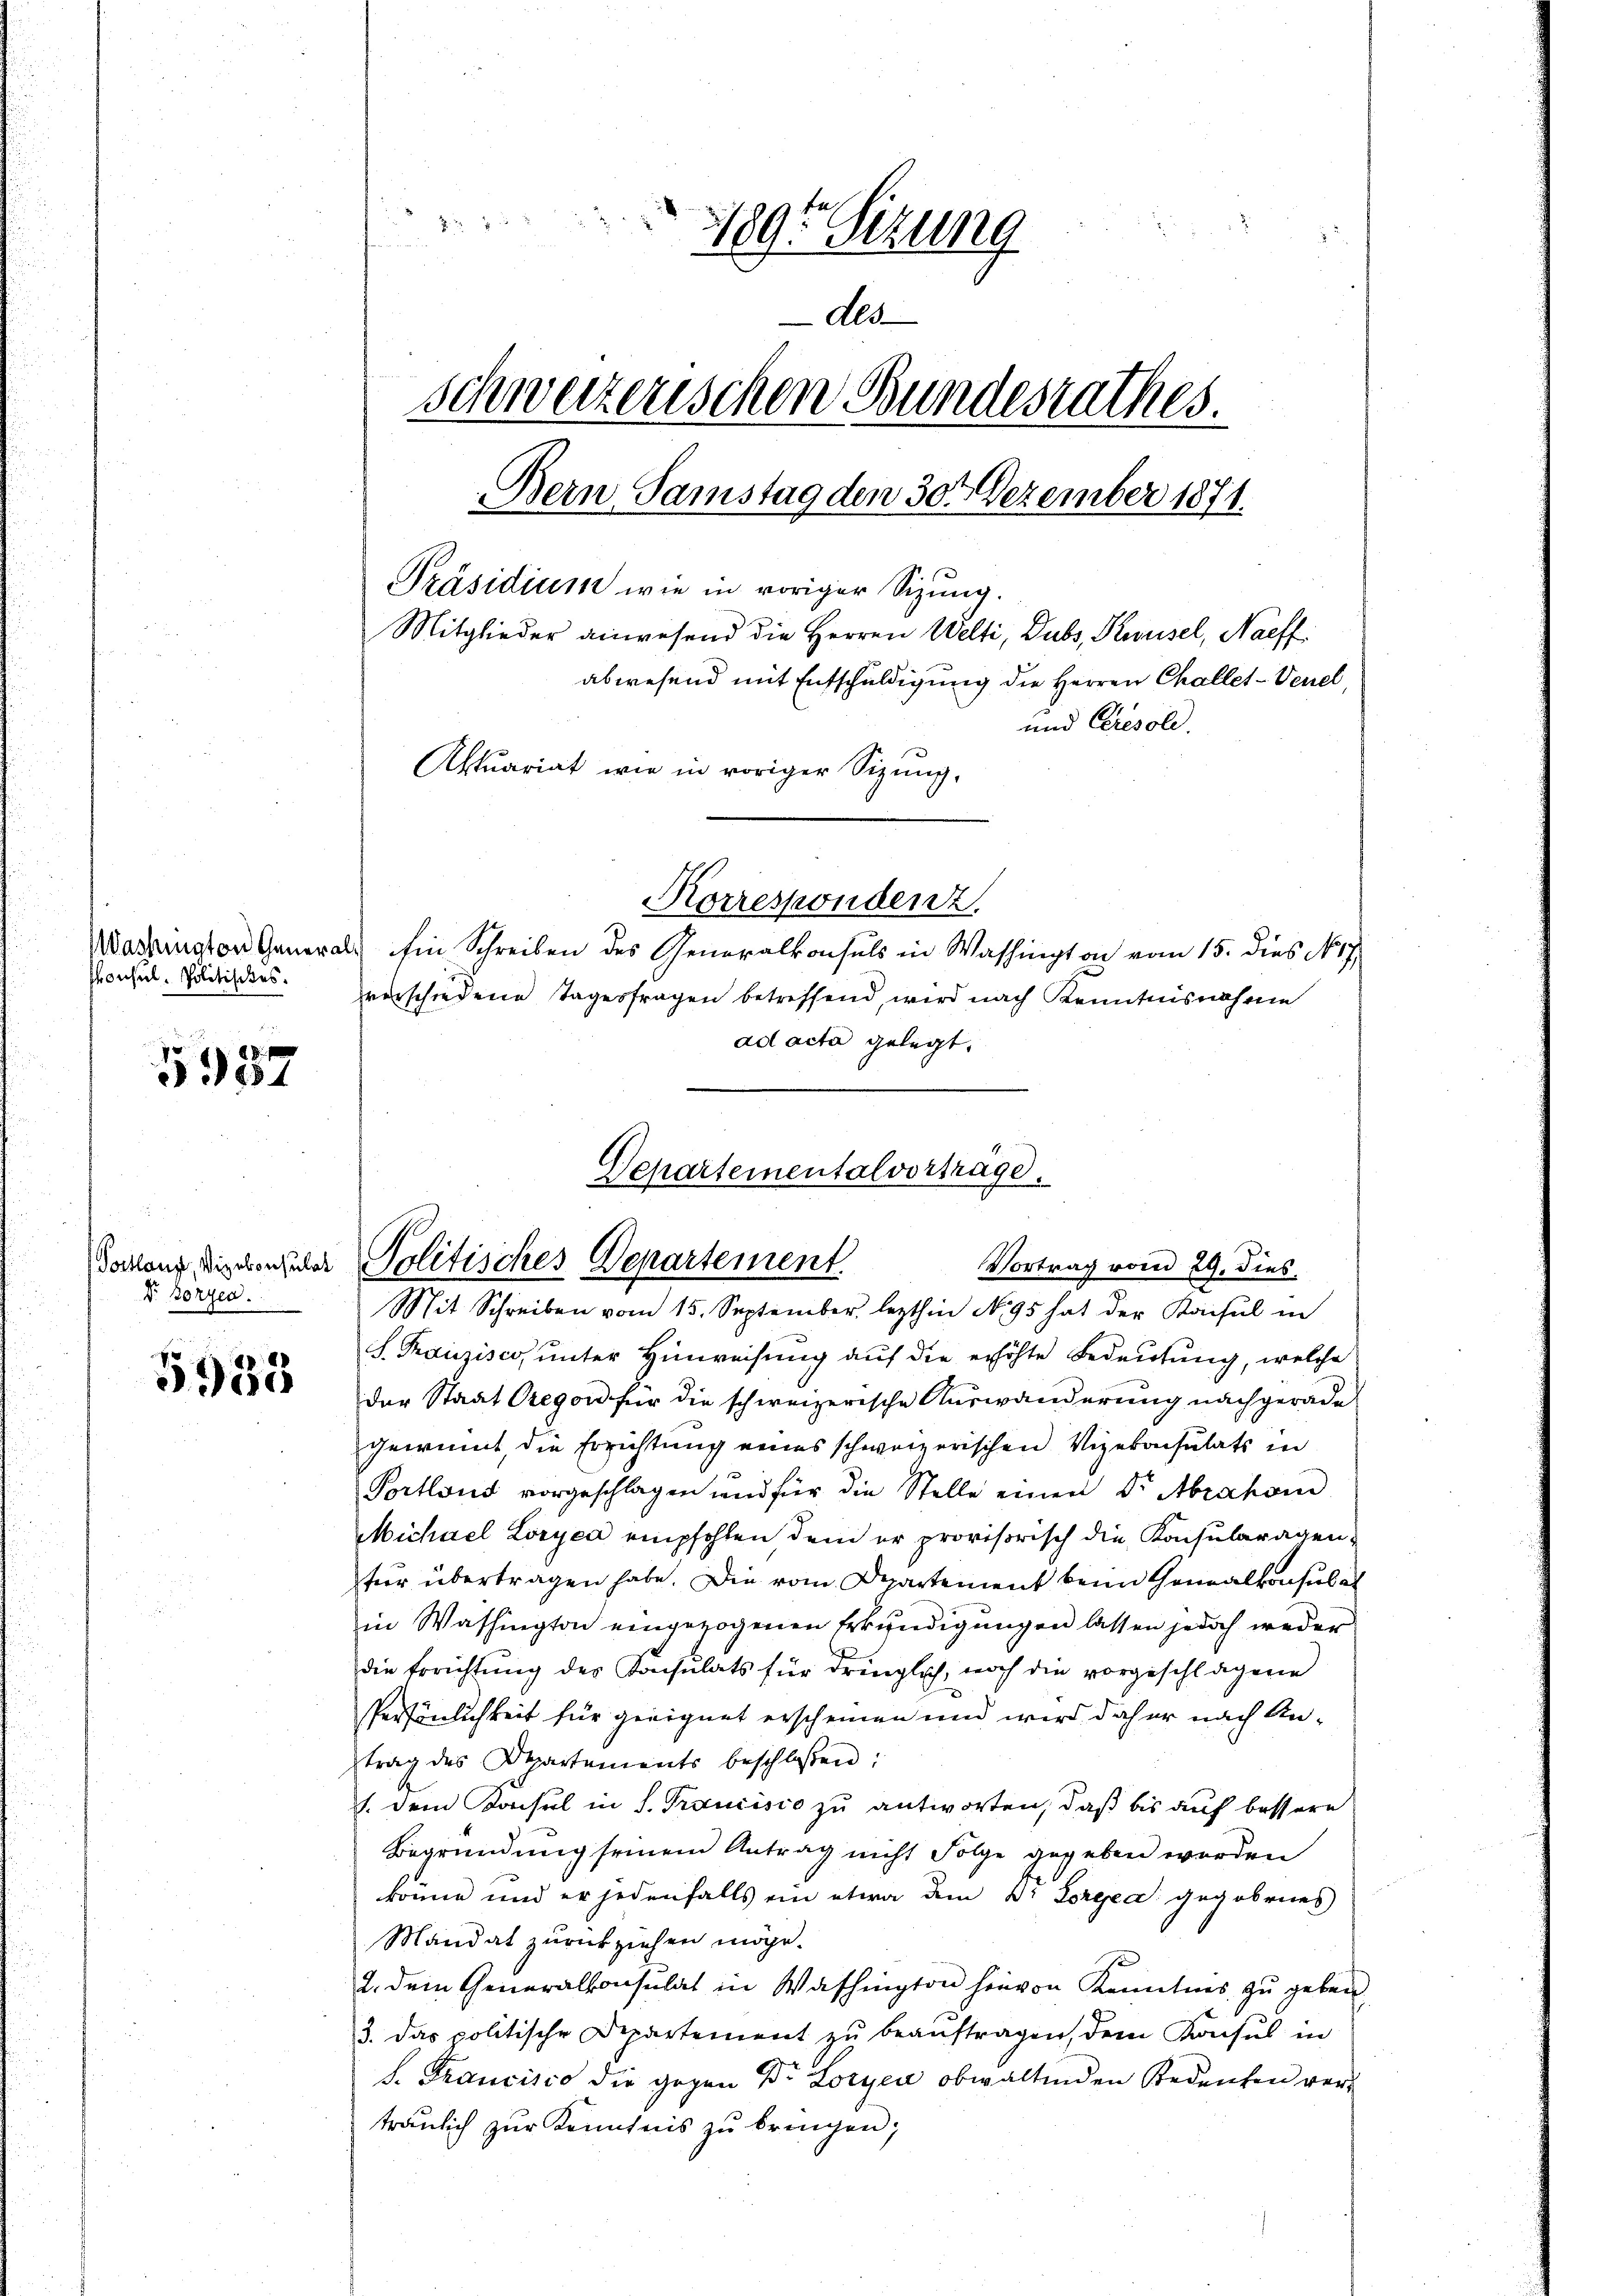
Consul-Politisches.

5937

Dr. Borgen.

5938

22 23
1895 Sizung
dld
Schweizerischen Bundesrathes.
Bern Samstag den 30. Dezember 1871.
Präsidium wie in voriger Sizung.
Mitglieder anwesend die Herren Welti, Dubs, Krusel, Naeff
abwesend mit Entschuldigung die Herren Challet-Venel,
und Cresold.
Aktuariat wie in voriger Sizung,
Korrespondenz.
asanston Generals Ein Schreiben des Generalkonsuls in Washington vom 15. dies No 7.

verschiedene Tagesfragen betreffend, wird nach Kenntnisnahme
ad acta gelegt.

Departementalvorträge.
Tockung dieserhuder Politisches Departement.

Vortrag vom 29. dies

Mit Schreiben vom 15. September lezthin No 95 hat der Konsul in
S. Franzisco, unter Hinweisung auf die erhöhte Bedeutung, welche
der Staat Gregor für die schweizerische Auswanderung nachgeradegewinnt, die Errichtung eines schweizerischen Vizekonsulats in
Portlaut vorgeschlagen und für die Stelle einen Dr. Abraham
Michael Loryca empfohlen dem er provisorisch die Konsularagenfür übertragen habe. Die vom Departement beim Gewalkonsulat
in Washington eingezogenen Erkundigungen lassen jedoch weder
die Errichtung des Konsulats für dringlich, noch die vorgeschlagene
Persönlichkeit für geeignet erscheinen und wird daher nach Antrag des Spartements beschlossen:
1. dem Konsul in S. Trancisio zu antworten, daß bis auf bessere
Begründung seinem Antrag nicht Folge gegeben werden
könne und er jedenfalls ein etwa dem Dr. Lorgea gegebenes
Mandat zurückziehen möge.
2. dem Generalkonsulat in Washington hievon Kenntnis zu geben.
3. das politische Departement zu beaŭftragen, dem Konsul in
f. Francisco die gegen Dr Loryen obwaltenden Bedenten vertraulich zur Kenntnis zu bringen;